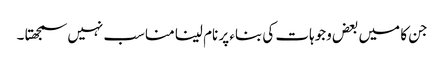
جن کا میں بعض وجوہات کی بناء پر نام لینا مناسب نہیں سمجھتا ۔